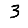
Digit: 3